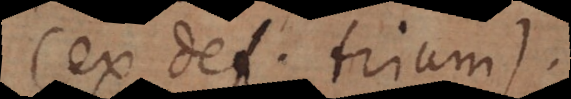
(ex def. tri